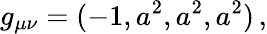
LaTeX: g_{\mu\nu}=(-1,a^{2},a^{2},a^{2})\, ,